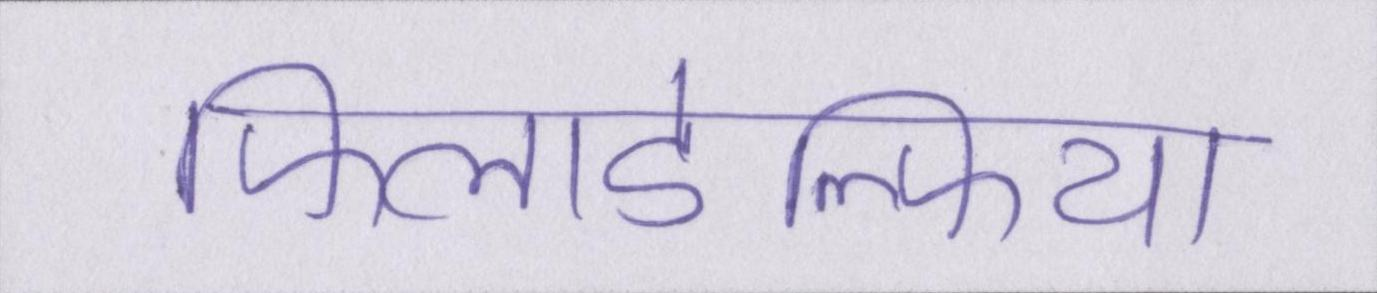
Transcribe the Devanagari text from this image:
फिलाडेल्फिया